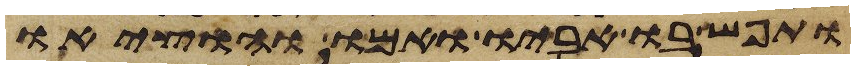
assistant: ותפש בו אביו ואמו והוציאו